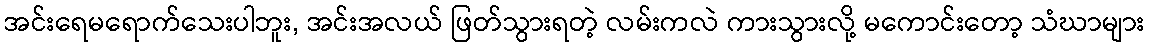
အင်းရေမရောက်သေးပါဘူး, အင်းအလယ် ဖြတ်သွားရတဲ့ လမ်းကလဲ ကားသွားလို့ မကောင်းတော့ သံဃာများ